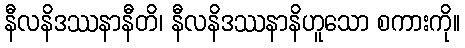
နီလနိဒဿနာနီတိ၊ နီလနိဒဿနာနိဟူသော စကားကို။